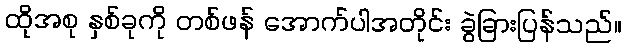
ထိုအစု နှစ်ခုကို တစ်ဖန် အောက်ပါအတိုင်း ခွဲခြားပြန်သည်။